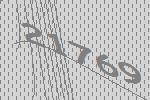
21769